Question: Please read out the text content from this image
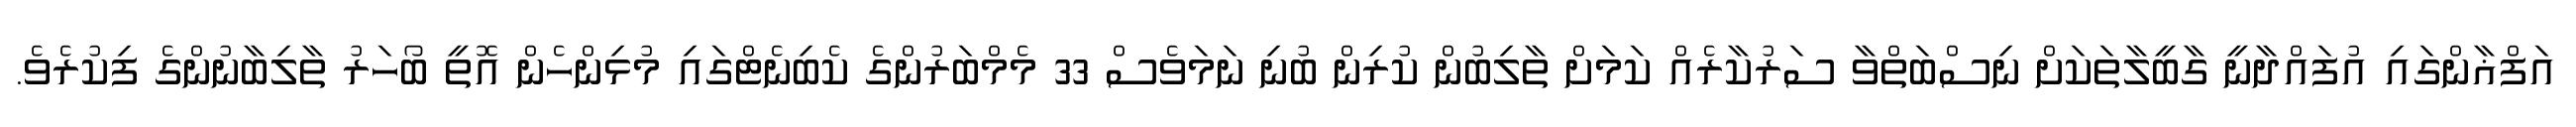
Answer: އަފްޣާންގައި އުފައްދާނީ ގާބީލާތަކަށް ނިސްބަތްވާ ސަރުކާރެއް ކަމަށް ތާލިބުން ކުރިން ބުނި ނަމަވެސް 33 މެމްބަރުންގެ ކެބިނެޓްގައި މުޅިންހެން އޮތީ ބޯހަރު ތާލިބާނުންގެ ފިކުރެވެ.